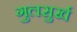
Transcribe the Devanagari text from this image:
गुलसुर्ख